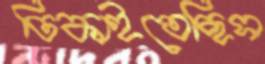
ঢিকাইতেছিস